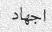
اجھاد